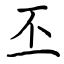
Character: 丕